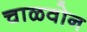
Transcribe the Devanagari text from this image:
चाळवोन